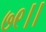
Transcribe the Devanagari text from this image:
७९।।